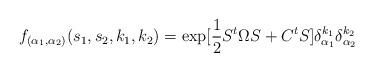
LaTeX: \begin{align*}f_{(\alpha_1 , \alpha_2 )} (s_1 , s_2 , k_1, k_2 ) = \exp [\frac{1}{2} S^t \Omega S + C^t S ] \delta_{\alpha_1}^{k_1}\delta_{\alpha_2}^{k_2}\end{align*}